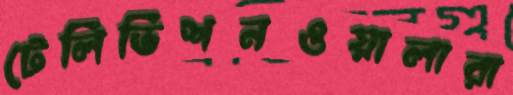
টেলিভিশনওয়ালারা